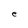
Character: e